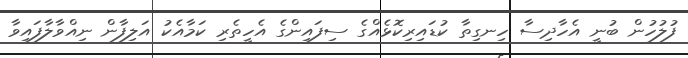
ފުލުހުން ބުނީ އެހާދިސާ ހިނގިތާ ކުޑައިރިކޮޅެއްގެ ސިފައިންގެ އެހީތެރި ކަމާއެކު އަލިފާން ނިއްވާލާފައިވާ